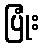
ပြုံး